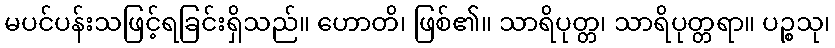
မပင်ပန်းသဖြင့်ရခြင်းရှိသည်။ ဟောတိ၊ ဖြစ်၏။ သာရိပုတ္တ၊ သာရိပုတ္တရာ။ ပဉ္စသု၊